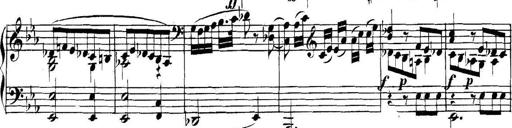
Title: Collected Piano Sonatas
Composer: Muzio Clementi